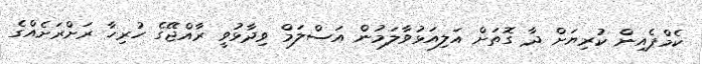
ކެމްޕެއިން ކުރިޔަށް ދާ ގޮތަށް އަލިއަޅުވާލަމުން އަސްލަމް ވިދާޅުވީ ރާއްޖޭގެ ހުރިހާ ރަށްރަށެއްގެ